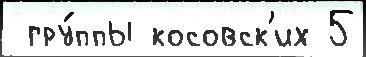
 гру́ппы косовск'их 5